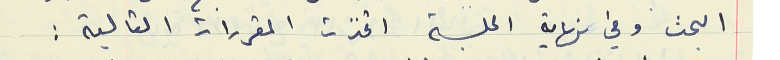
البحث وفي نهاية اللة اتخذت المقررات التالية :